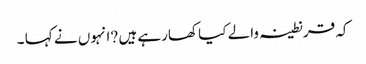
کہ قرنطینہ والے کیا کھارہے ہیں ?انہوں نے کہا ۔